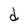
Character: d